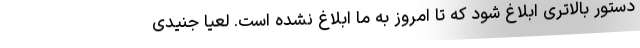
دستور بالاتری ابلاغ شود که تا امروز به ما ابلاغ نشده است. لعیا جنیدی